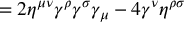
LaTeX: = 2 \eta ^ { \mu \nu } \gamma ^ { \rho } \gamma ^ { \sigma } \gamma _ { \mu } - 4 \gamma ^ { \nu } \eta ^ { \rho \sigma }